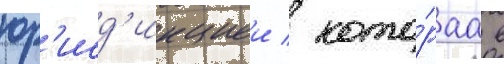
юр'исд'икциеи / кото́раа в